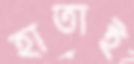
হাতাই